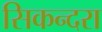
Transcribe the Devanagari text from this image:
सिकन्‍दरा